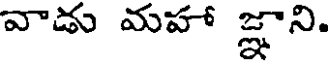
వాడు మహా జ్ఞాని.